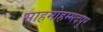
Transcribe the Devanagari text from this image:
साहमोहम्मदपुर